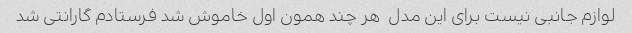
لوازم جانبی نیست برای این مدل  هر چند همون اول خاموش شد فرستادم گارانتی شد